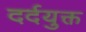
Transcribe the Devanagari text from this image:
दर्दयुक्त